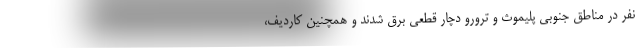
نفر در مناطق جنوبی پلیموث و ترورو دچار قطعی برق شدند و همچنین کاردیف،